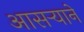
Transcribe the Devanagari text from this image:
आसर्‍याने